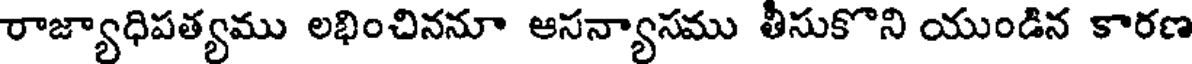
రాజ్యాధిపత్యము లభించిననూ ఆసన్యాసము తీసుకొని యుండిన కారణ